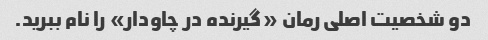
دو شخصیت اصلی رمان «گیرنده در چاودار» را نام ببرید.